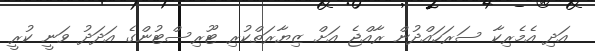
އަދި އެމެރިކާ ސަރަހައްދުން ރާއްޖެ އަށް ޒިޔާރަތްކުރި ޓޫރިސްޓުންގެ އަދަދު ވަނީ ކުރީ